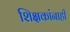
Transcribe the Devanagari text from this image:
शिक्षकांनाही